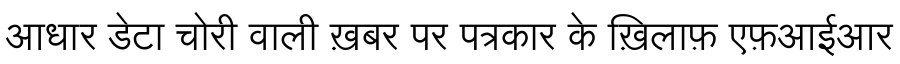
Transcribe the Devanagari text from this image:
आधार डेटा चोरी वाली ख़बर पर पत्रकार के ख़िलाफ़ एफ़आईआर